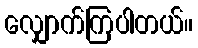
လျှောက်ကြပါတယ်။